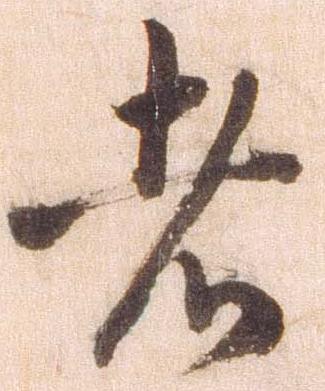
者